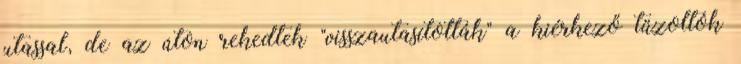
utassal, de az úton rekedtek "visszautasították" a kiérkező tűzoltók